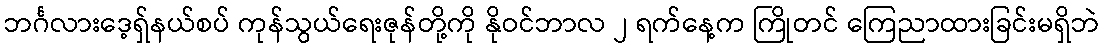
ဘင်္ဂလားဒေ့ရှ်နယ်စပ် ကုန်သွယ်ရေးဇုန်တို့ကို နိုဝင်ဘာလ ၂ ရက်နေ့က ကြိုတင် ကြေညာထားခြင်းမရှိဘဲ